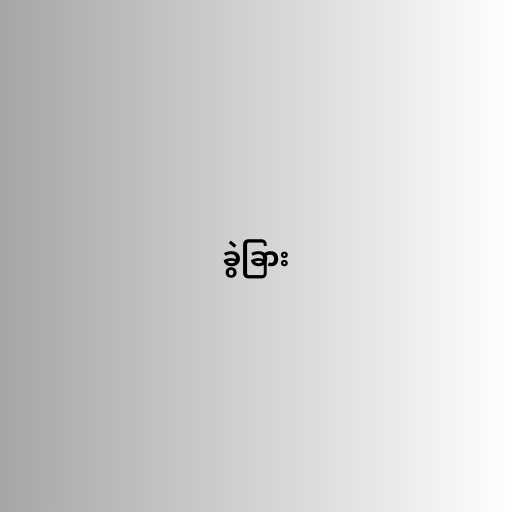
ခွဲခြား